Bréfritari: Runólfur Jónsson
Viðtakandi: Jón Borgfirðingur
Dagsetning: A-1867-09-27
Skrifað á: Vík í Mýrdal  V-Skaft.

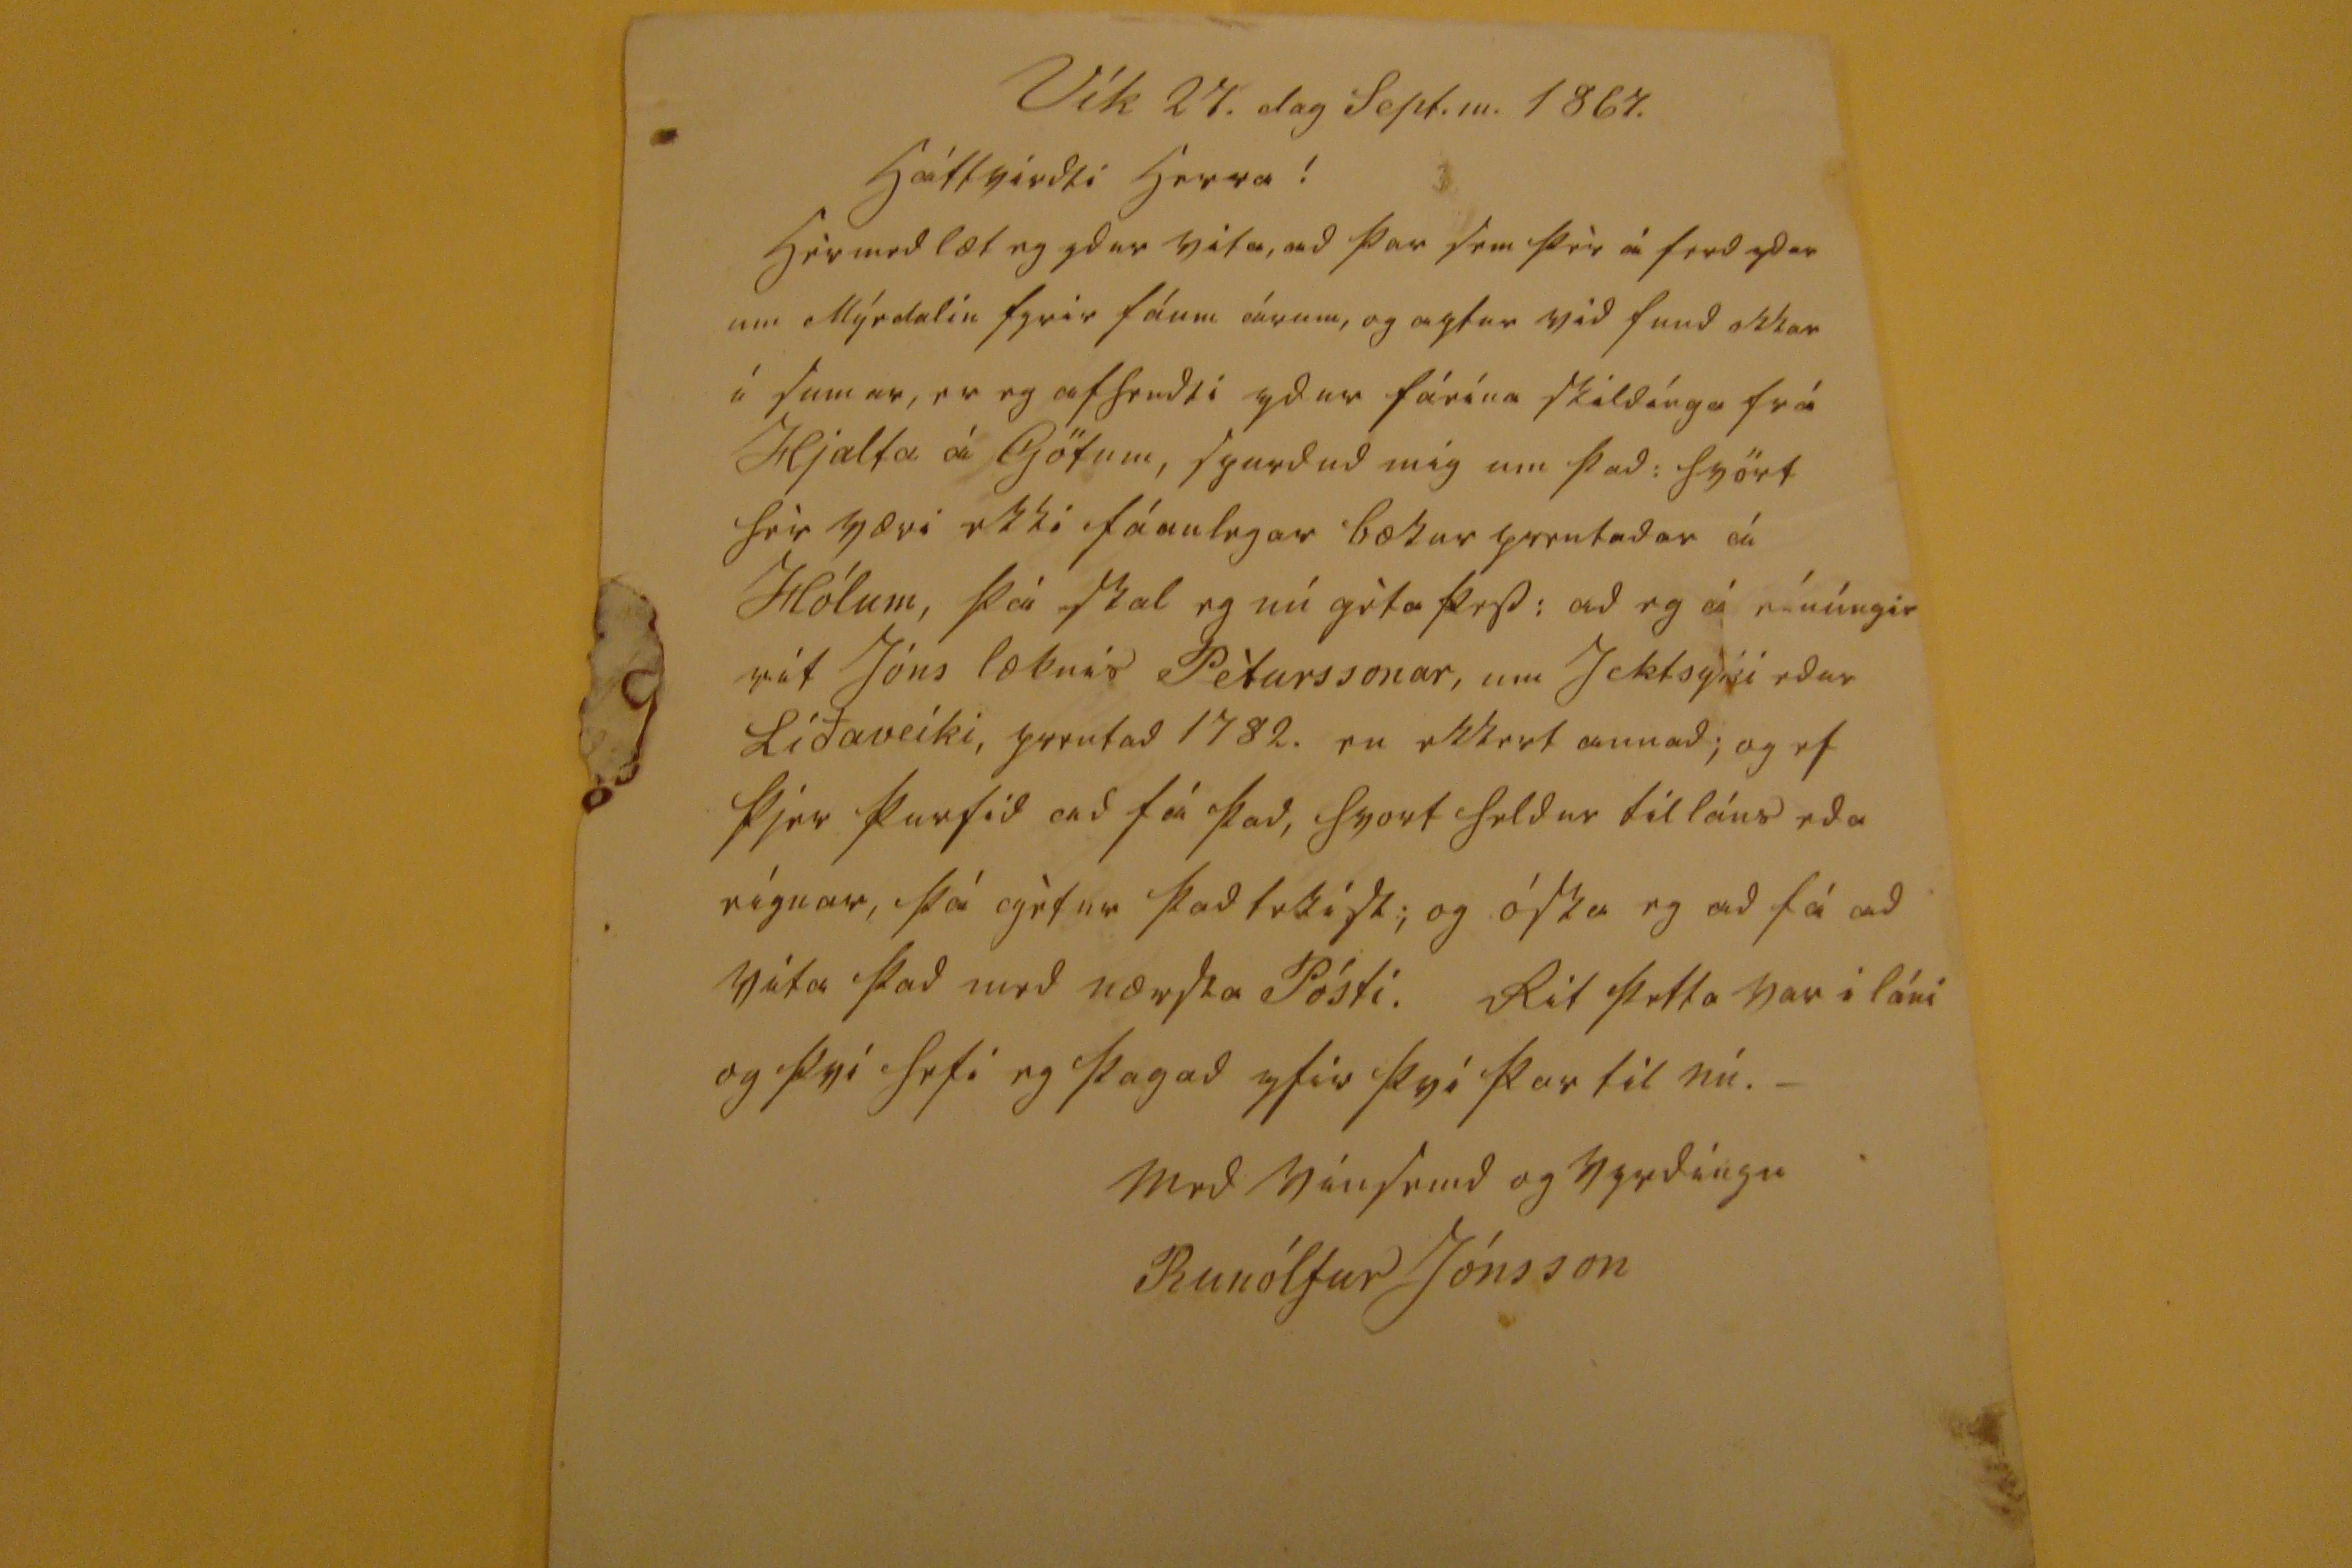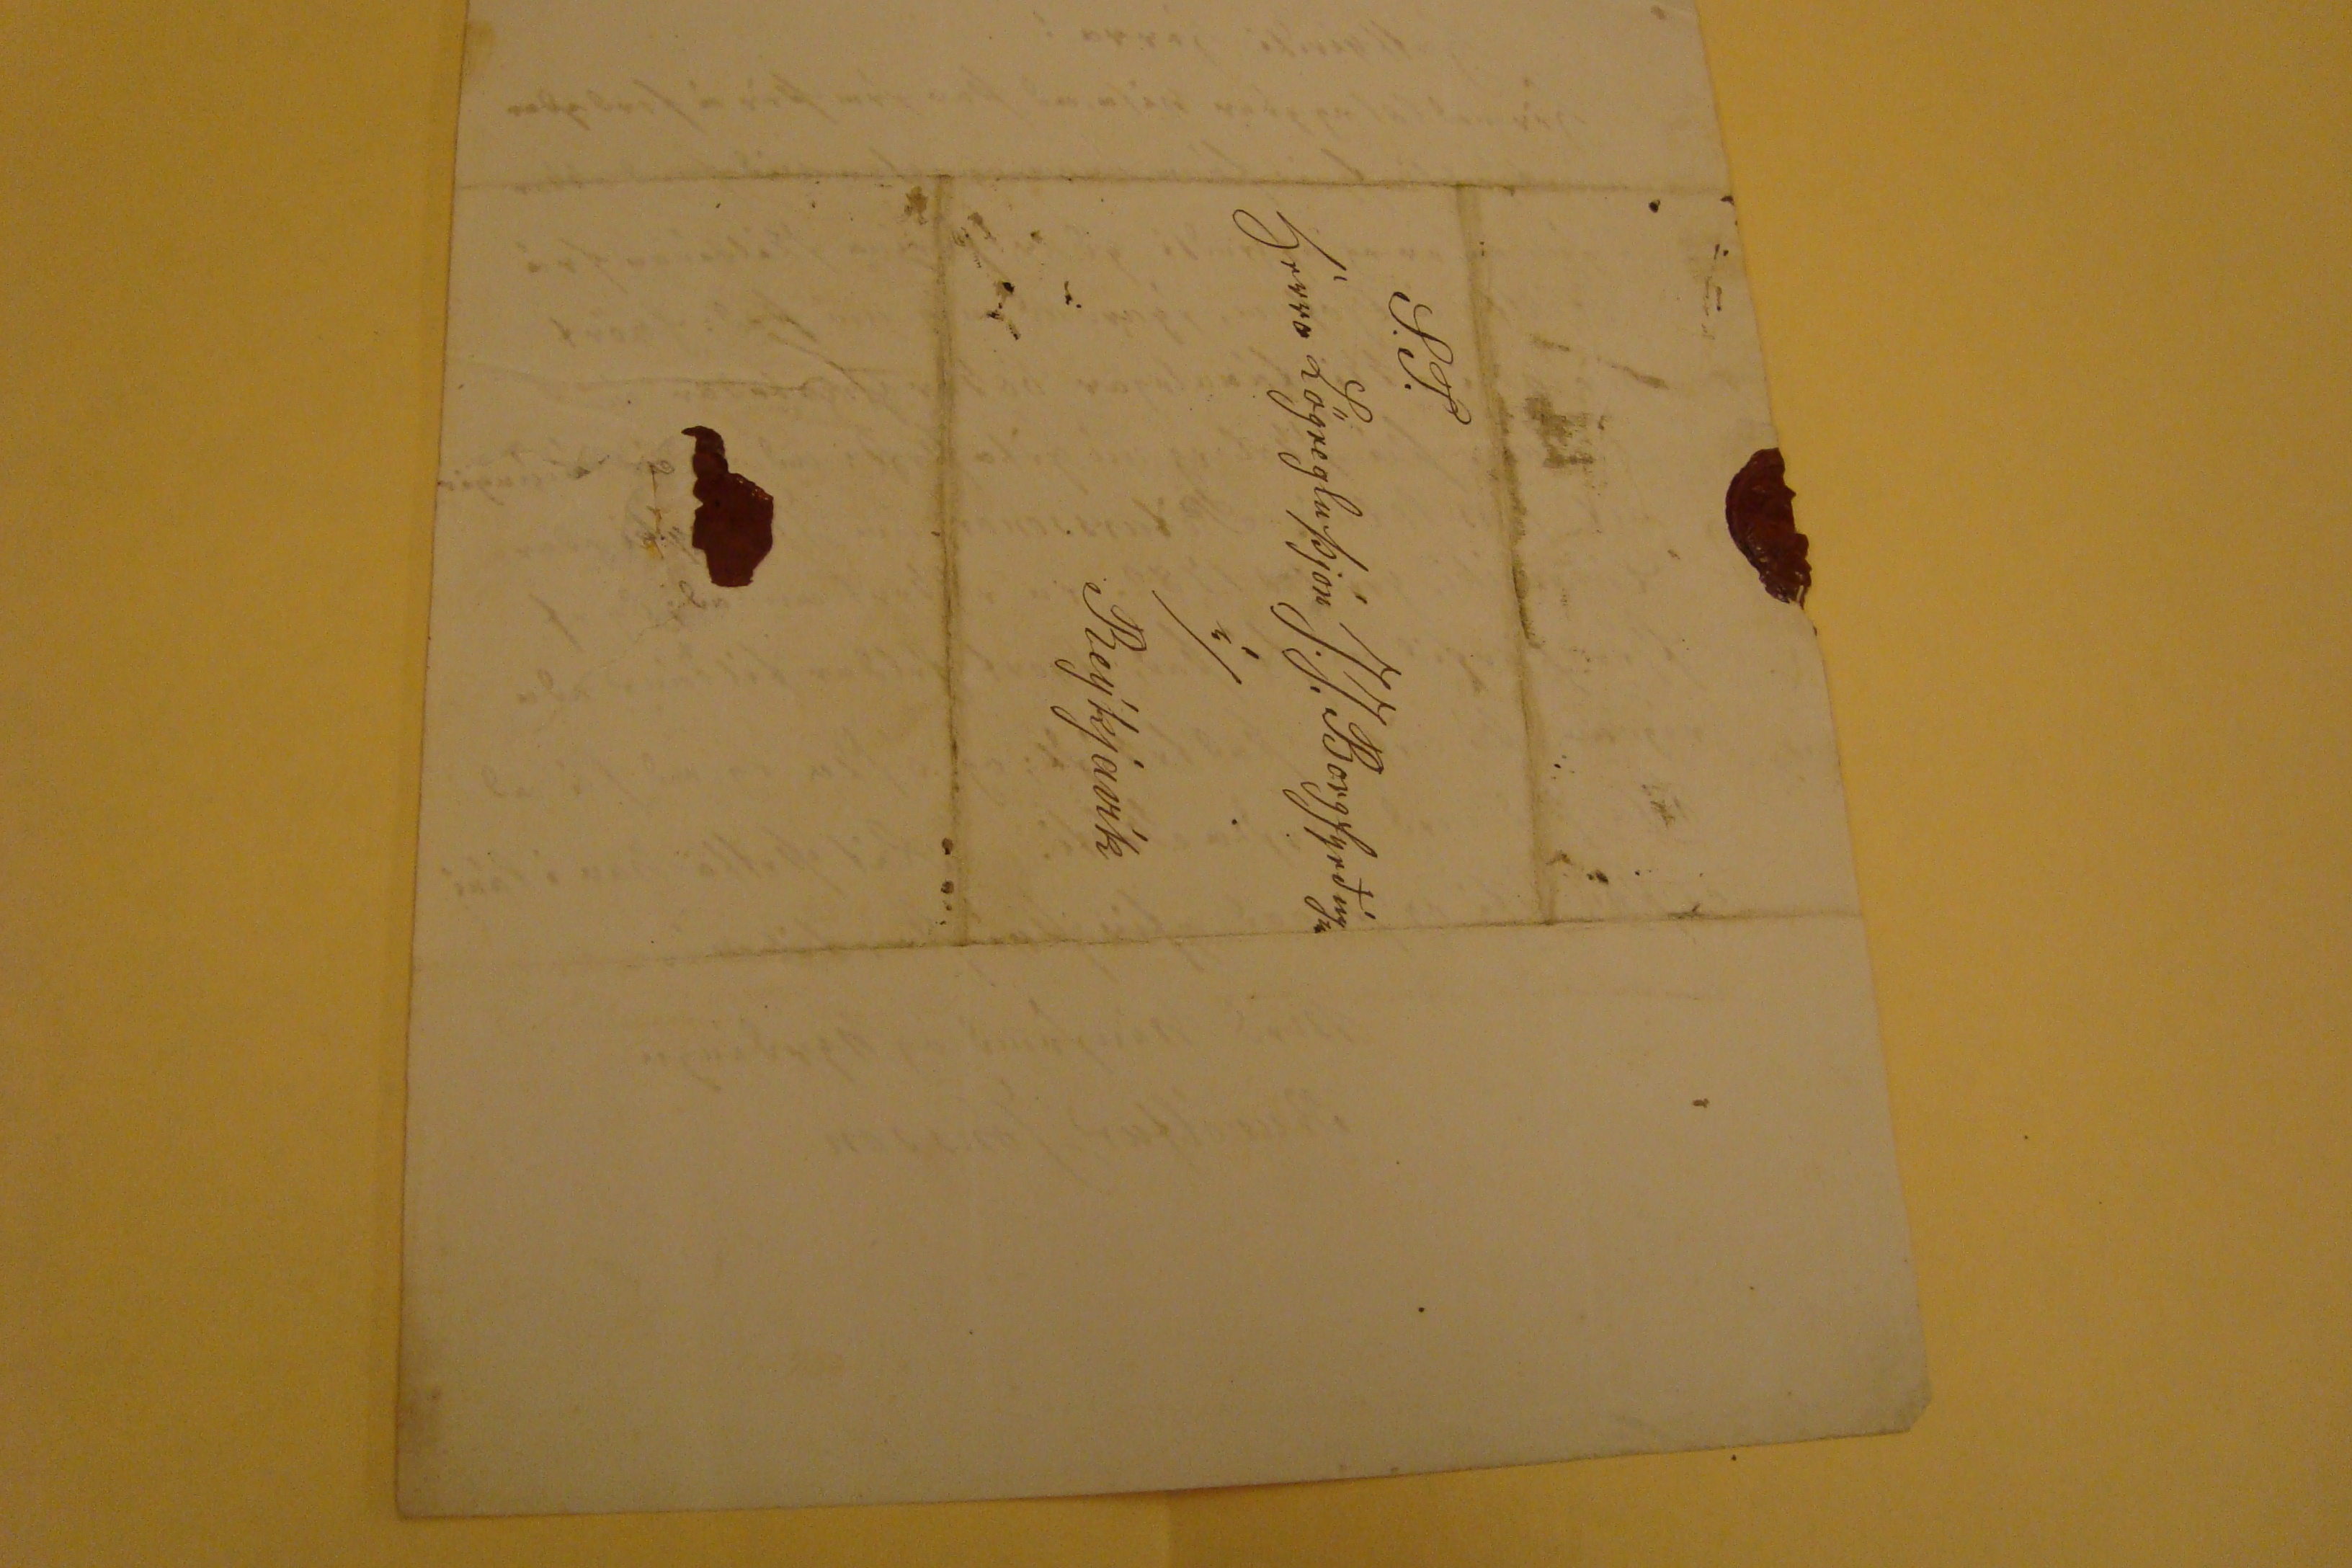

Vík 27. dag Sept.m. 1867.
Háttvirdti Herra!
Heisend
læt eg ydur rita, ad þar sem þèr á ferd ydar um Mýrdalin fyrir fáum dagum, og
agtur
sjéd fund okkar í Sumar, er eg
aftrudti
ydur fáeina Skildínga frá Hjalta á Götum, igurdud mig um þad: svört fir væri ekki fáanlegar bækur ýmstadar á Hólum, þá skal eg nú geta þess: ad eg á rúnúngir sát Jóns læknis Pèturssonar, um Jektsyni edar Líðaveiki, prentad 1782. nu ekkert annad; og ef þjer þurfid ad fá þad, frost Seldur til láns eda eígnar, þá ogétur þad hsíst; og óska eg ad fá ad geta þad med nærsta Pósti. Rit þetta var i láni og þvi segi eg þagad yfir þvi þar til nú.-
med mánfrud og Vyrdingu
Runólfur Jónsson
S.T.
Herra Lögregluþjón J. J. Borgfyrðíngur
í/Reýkjavík